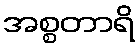
အစ္စတာရိ